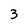
Character: 3